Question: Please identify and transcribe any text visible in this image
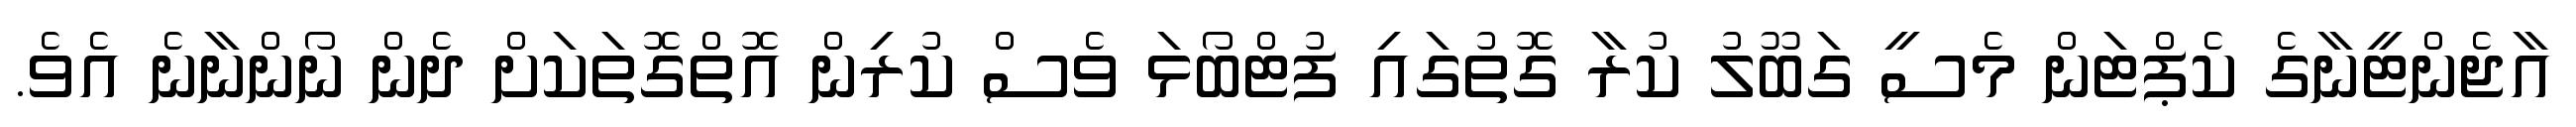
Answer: އާޖެންޓީނާގެ ކެޕްޓަން މެސީ ގަބޫލު ކުރާ ގޮތުގައި ފުޓްބޯޅަ ވެސް ކުރިން އޮތްގޮތަކަށް ދެން ނޯންނާނެ އެވެ.